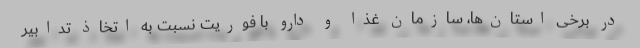
در برخی استان‌ها، سازمان غذا و دارو با فوریت نسبت به اتخاذ تدابیر